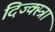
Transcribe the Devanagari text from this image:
दिज्क्स्त्रा